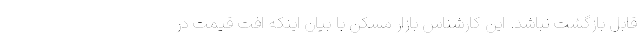
قابل بازگشت نباشد. این کارشناس بازار مسکن با بیان اینکه افت قیمت در